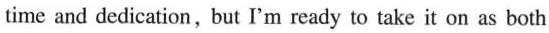
time and dedication , but I'm ready to take it on as both